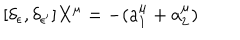
[ \delta _ { \epsilon } , \delta _ { \epsilon ^ { \prime } } ] X ^ { \mu } = - ( a _ { 1 } ^ { \mu } + a _ { 2 } ^ { \mu } )